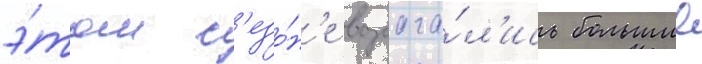
э́том с'езо́н'е возлага́л'ись большие